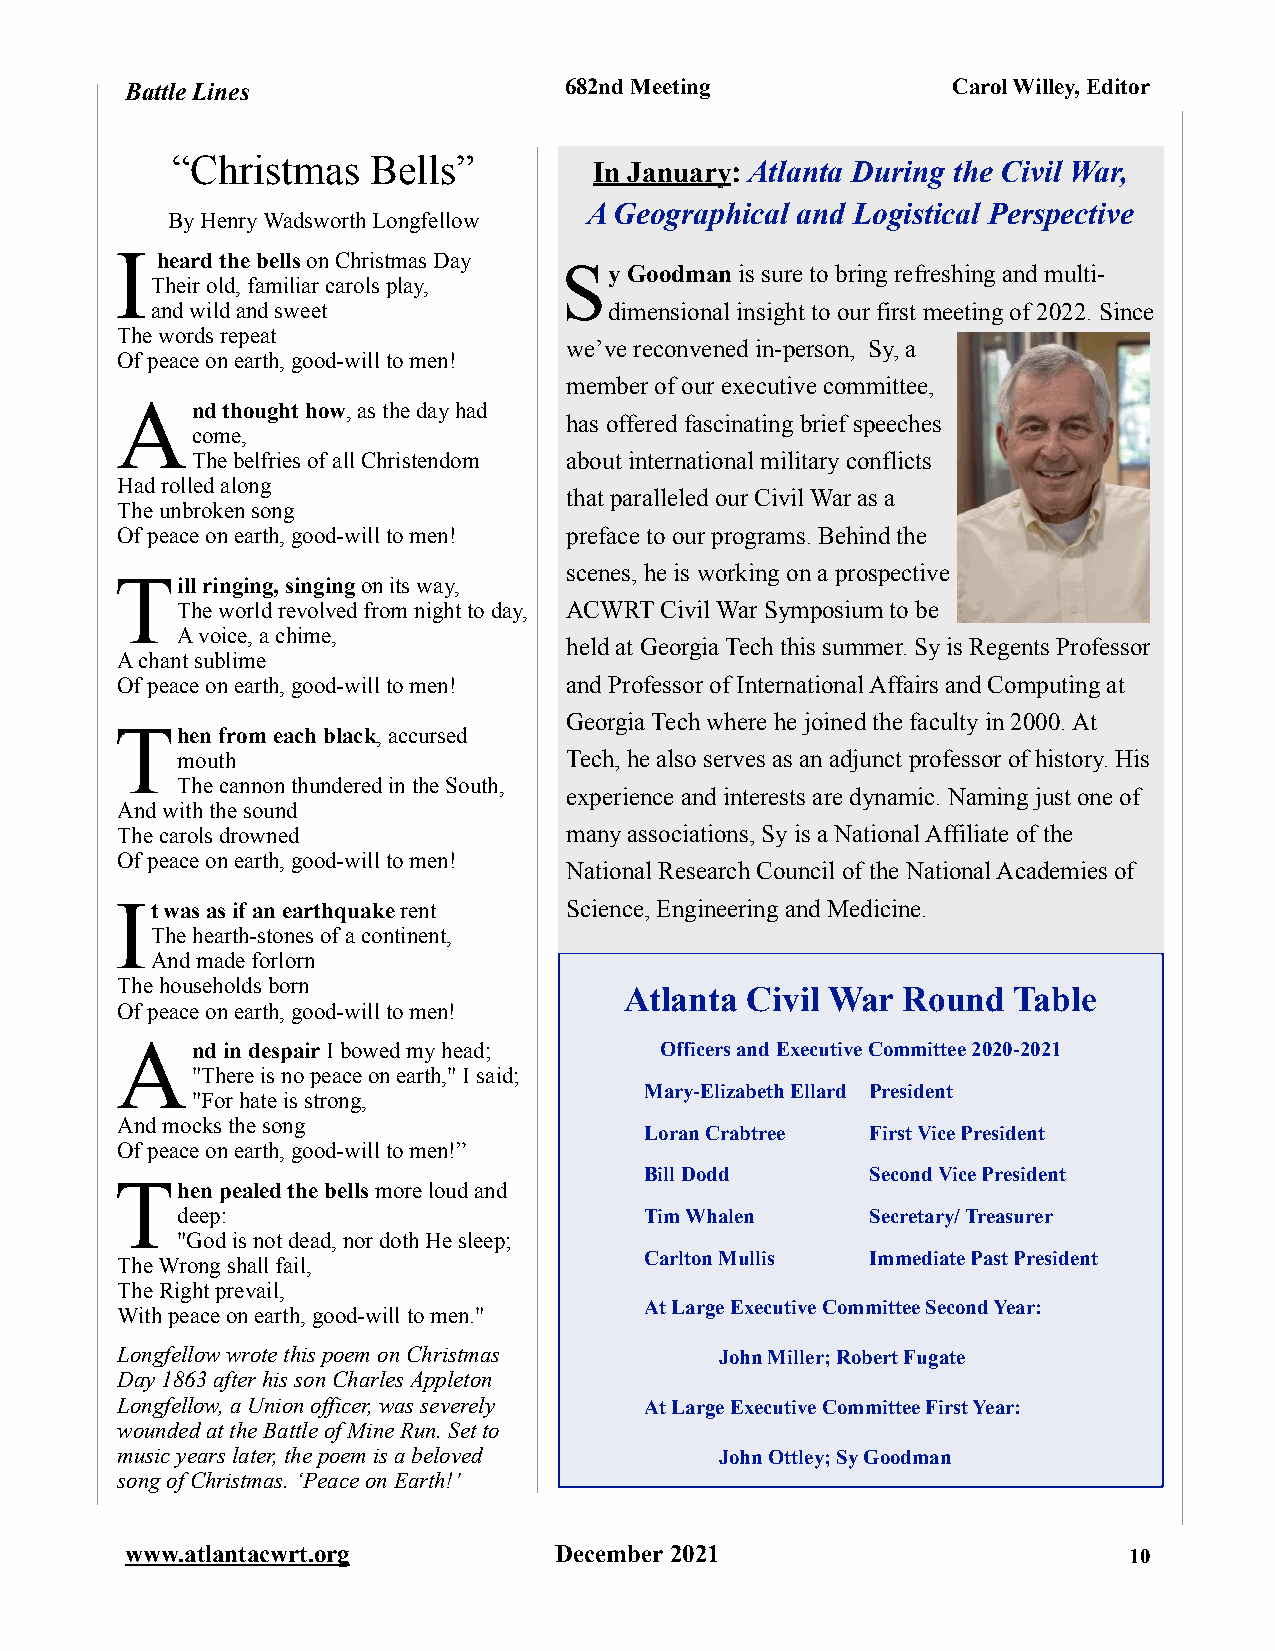
Battle Lines                 682nd Meeting             Carol Willey, Editor
 “Christmas    Bells”        In January: Atlanta During the Civil War,
 A Geographical and Logistical Perspective
 By Henry Wadsworth Longfellow
 I
 heard the bells on Christmas Day
 S
 y Goodman is sure to bring refreshing and multi-
 Their old, familiar carols play,
 and wild and sweet            dimensional insight to our first meeting of 2022. Since
 The words repeat
 we’ve reconvened in-person, Sy, a
 Of peace on earth, good-will to men!
 member of our executive committee,
 A
 nd thought how, as the day had
 has offered fascinating brief speeches
 come,
 The belfries of all Christendom about international military conflicts
 Had rolled along
 that paralleled our Civil War as a
 The unbroken song
 Of peace on earth, good-will to men! preface to our programs. Behind the
 T                            scenes, he is working on a prospective
 ill ringing, singing on its way,
 The world revolved from night to day, ACWRT Civil War Symposium to be
 A voice, a chime,
 held at Georgia Tech this summer. Sy is Regents Professor
 A chant sublime
 Of peace on earth, good-will to men! and Professor of International Affairs and Computing at
 Georgia Tech where he joined the faculty in 2000. At
 T
 hen from each black, accursed
 mouth                    Tech, he also serves as an adjunct professor of history. His
 The cannon thundered in the South,
 experience and interests are dynamic. Naming just one of
 And with the sound
 The carols drowned           many associations, Sy is a National Affiliate of the
 Of peace on earth, good-will to men!
 National Research Council of the National Academies of
 I t was as if an earthquake rent Science, Engineering and Medicine.
 The hearth-stones of a continent,
 And made forlorn
 The households born
 Atlanta Civil War  Round  Table
 Of peace on earth, good-will to men!
 A
 nd in despair I bowed my head; Officers and Executive Committee 2020-2021
 "There is no peace on earth," I said;
 Mary-Elizabeth Ellard President
 "For hate is strong,
 And mocks the song
 Loran Crabtree First Vice President
 Of peace on earth, good-will to men!”
 Bill Dodd      Second Vice President
 T
 hen pealed the bells more loud and
 deep:                          Tim Whalen     Secretary/ Treasurer
 "God is not dead, nor doth He sleep;
 Carlton Mullis Immediate Past President
 The Wrong shall fail,
 The Right prevail,
 At Large Executive Committee Second Year:
 With peace on earth, good-will to men."
 Longfellow wrote this poem on Christmas John Miller; Robert Fugate
 Day 1863 after his son Charles Appleton
 Longfellow, a Union officer, was severely At Large Executive Committee First Year:
 wounded at the Battle of Mine Run. Set to
 music years later, the poem is a beloved John Ottley; Sy Goodman
 song of Christmas. ‘Peace on Earth!’
 www.atlantacwrt.org          December 2021                         10